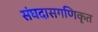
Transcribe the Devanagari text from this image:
संघदासगणिकृत